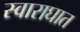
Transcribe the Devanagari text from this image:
स्वाराघात